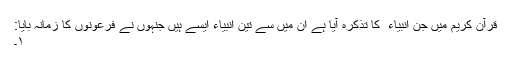
قرآن کریم میں جن انبیاء ؑ کا تذکرہ آیا ہے ان میں سے تین انبیاءؑ ایسے ہیں جنہوں نے فرعونوں کا زمانہ بایا:
۱۔